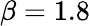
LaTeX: \beta=1.8